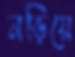
নড়িয়ে